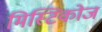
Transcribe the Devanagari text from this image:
मिस्टिकोज